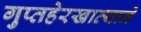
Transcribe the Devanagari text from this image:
गुप्तहेरखात्याने